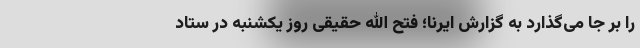
را بر جا می‌گذارد به گزارش ایرنا؛ فتح الله حقیقی روز یکشنبه در ستاد